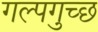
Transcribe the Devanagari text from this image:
गल्पगुच्छ